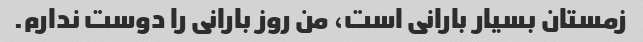
زمستان بسیار بارانی است، من روز بارانی را دوست ندارم.